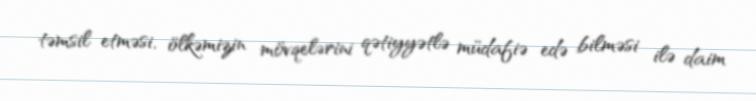
təmsil etməsi, ölkəmizin mövqelərini qətiyyətlə müdafiə edə bilməsi ilə daim